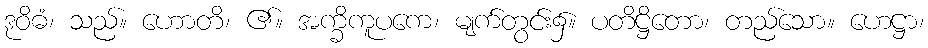
ဒုဝိဓံ၊ သည်။ ဟောတိ၊ ၏။ အက္ခိကူပကေ၊ မျက်တွင်း၌။ ပတိဋ္ဌိတော၊ တည်သော။ ဟေဋ္ဌာ၊